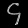
Digit: ၄